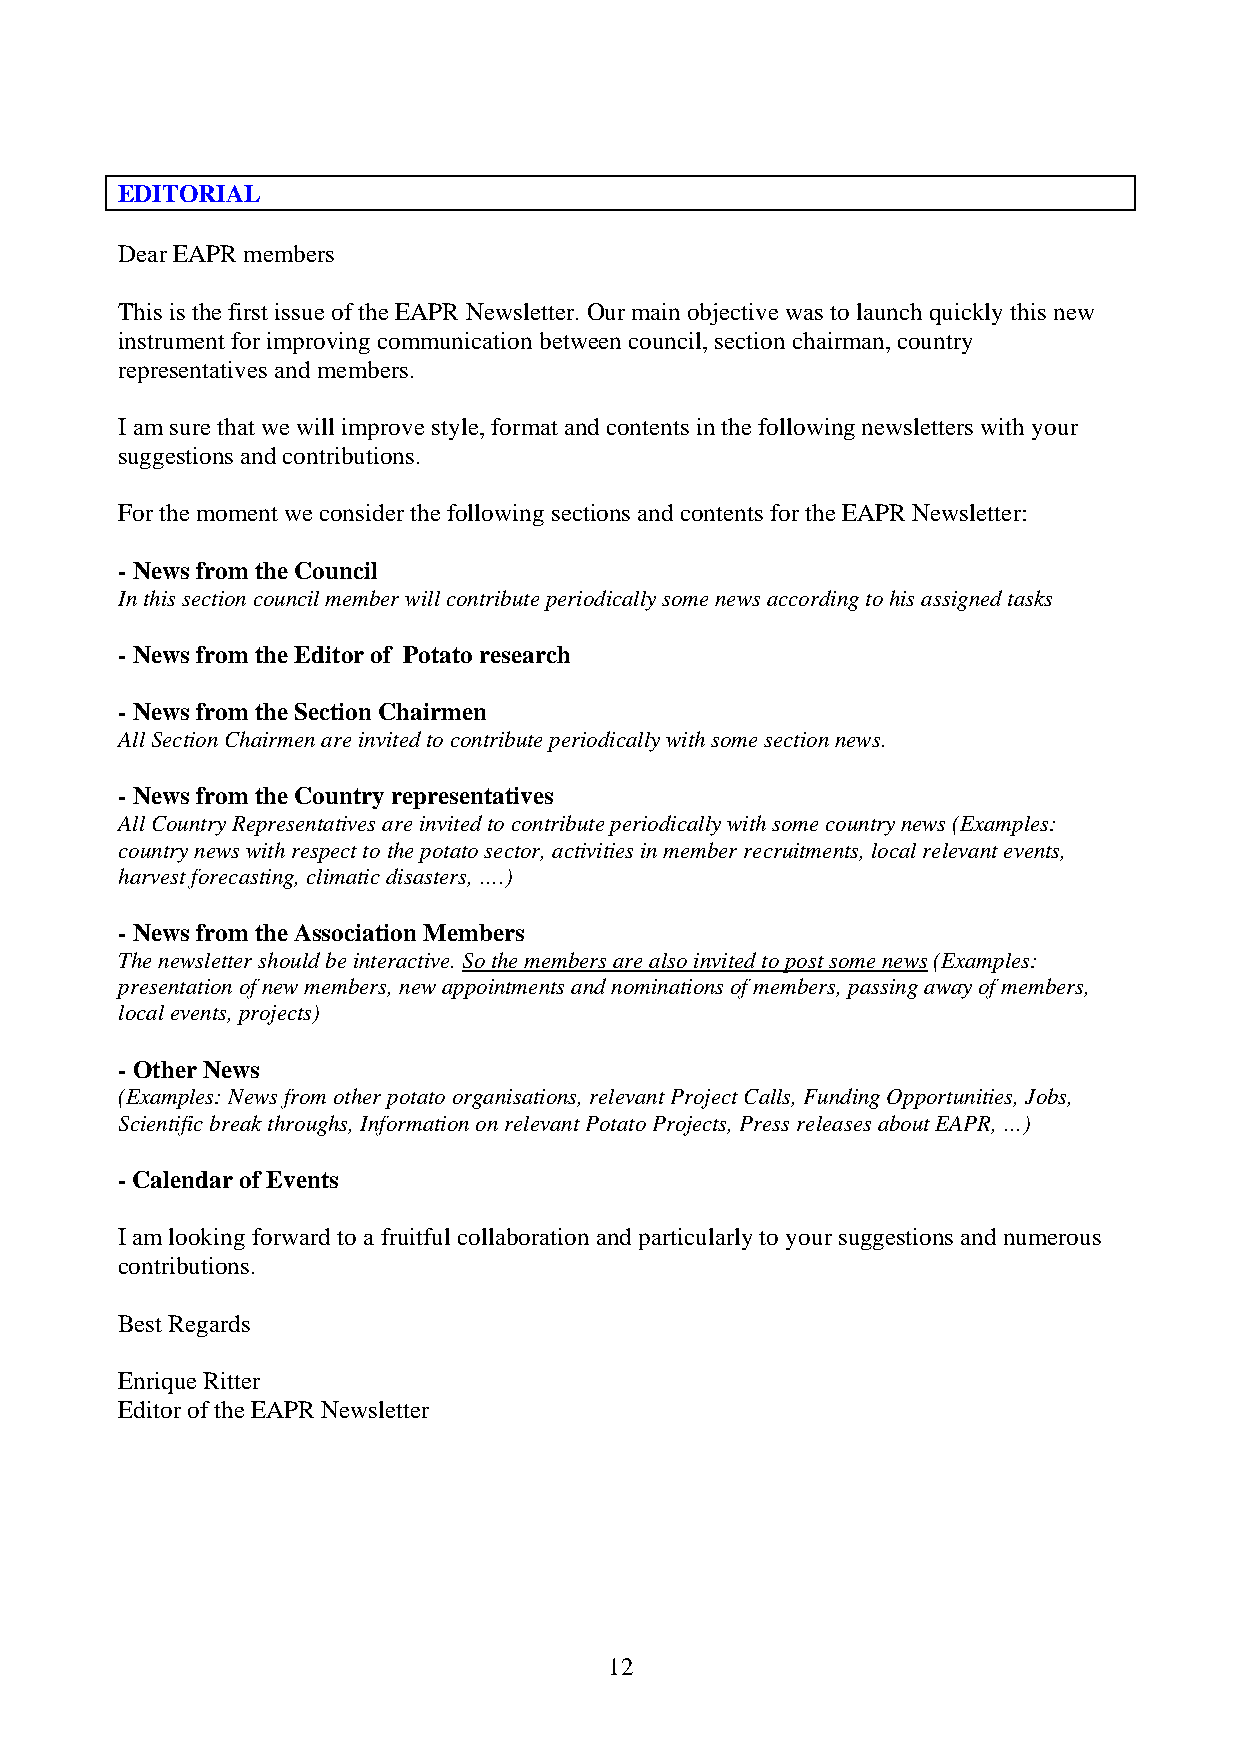
EDITORIAL
 Dear EAPR members
 This is the first issue of the EAPR Newsletter. Our main objective was to launch quickly this new
 instrument for improving communication between council, section chairman, country
 representatives and members.
 I am sure that we will improve style, format and contents in the following newsletters with your
 suggestions and contributions.
 For the moment we consider the following sections and contents for the EAPR Newsletter:
 - News from the Council
 In this section council member will contribute periodically some news according to his assigned tasks
 - News from the Editor of Potato research
 - News from the Section Chairmen
 All Section Chairmen are invited to contribute periodically with some section news.
 - News from the Country representatives
 All Country Representatives are invited to contribute periodically with some country news (Examples:
 country news with respect to the potato sector, activities in member recruitments, local relevant events,
 harvest forecasting, climatic disasters, ….)
 - News from the Association Members
 The newsletter should be interactive. So the members are also invited to post some news (Examples:
 presentation of new members, new appointments and nominations of members, passing away of members,
 local events, projects)
 - Other News
 (Examples: News from other potato organisations, relevant Project Calls, Funding Opportunities, Jobs,
 Scientific break throughs, Information on relevant Potato Projects, Press releases about EAPR, …)
 - Calendar of Events
 I am looking forward to a fruitful collaboration and particularly to your suggestions and numerous
 contributions.
 Best Regards
 Enrique Ritter
 Editor of the EAPR Newsletter
 12